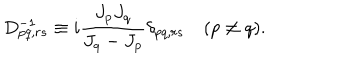
D _ { p q , r s } ^ { - 1 } \equiv i \frac { J _ { p } J _ { q } } { J _ { q } - J _ { p } } \delta _ { p q , r s } \quad ( p \neq q ) .